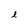
Character: l